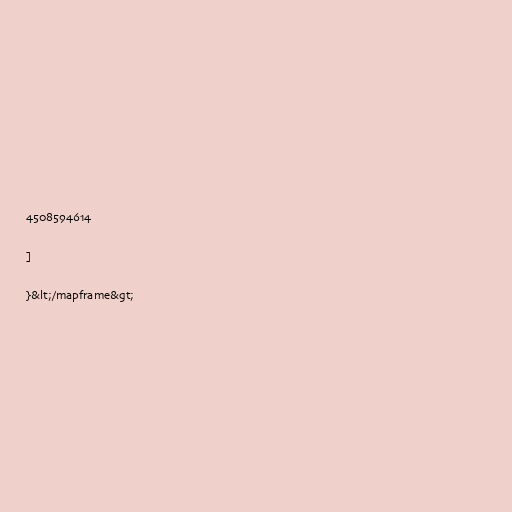
4508594614

]

}&lt;/mapframe&gt;